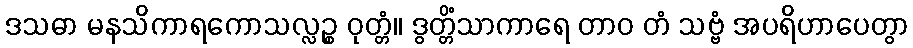
ဒသဓာ မနသိကာရကောသလ္လဉ္စ ဝုတ္တံ။ ဒွတ္တိံသာကာရေ တာဝ တံ သဗ္ဗံ အပရိဟာပေတွာ